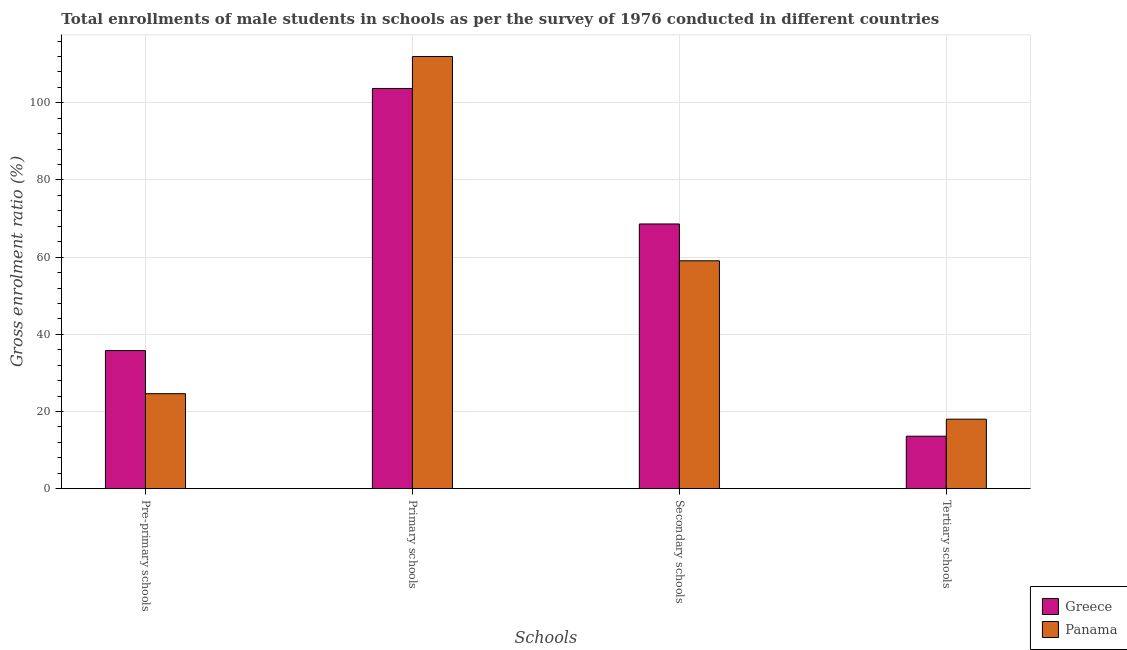
| Schools | Greece | Panama |
 | --- | --- | --- |
 | Pre-primary schools | 35.8 | 24.6 |
 | Primary schools | 104 | 112 |
 | Secondary schools | 68.6 | 59.1 |
 | Tertiary schools | 13.6 | 18 |